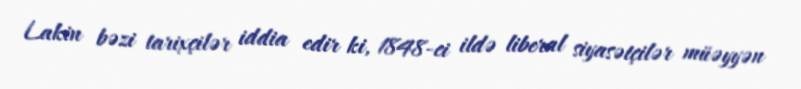
Lakin bəzi tarixçilər iddia edir ki, 1848-ci ildə liberal siyasətçilər müəyyən